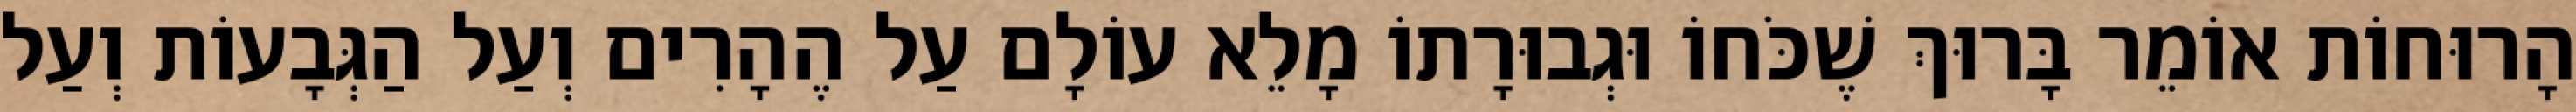
הָרוּחוֹת אוֹמֵר בָּרוּךְ שֶׁכֹּחוֹ וּגְבוּרָתוֹ מָלֵא עוֹלָם עַל הֶהָרִים וְעַל הַגְּבָעוֹת וְעַל